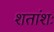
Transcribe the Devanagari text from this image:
शतांशः